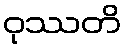
ဝုဿတိ